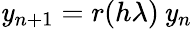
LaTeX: \mathit{y}_{n+1}=r(h\lambda)\, \mathit{y}_{n}